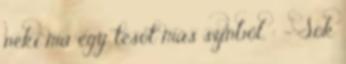
neki ma egy tesót más színből. : - Sok